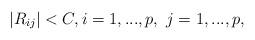
LaTeX: \begin{align*} |R_{ij}| < C, i=1,..., p, \ j =1,..., p,\end{align*}